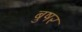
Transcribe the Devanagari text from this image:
बुषर